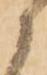
候